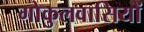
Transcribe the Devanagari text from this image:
गोकुलवासियों